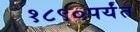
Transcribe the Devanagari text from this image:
१८९०पर्यंत